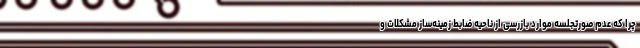
چرا که عدم صورتجلسه موارد بازرسی از ناحیه ضابط زمینه‌ساز مشکلات و